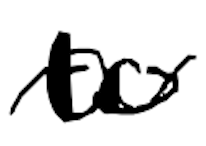
Text: to
Cross-out: wave
Writing tool: digital_black